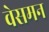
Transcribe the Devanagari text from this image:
वेसमन